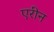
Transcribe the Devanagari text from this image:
एरीन